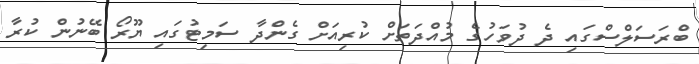
ބްރަސަލްސްގައި ދެ ދުވަހުގެ މުއްދަތަށް ކުރިއަށް ގެންދާ ސަމިޓުގައި ޔޫރޯ ބޭނުން ކުރާ